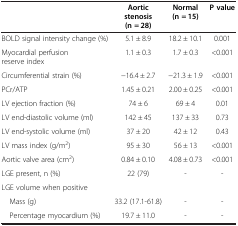
<table><thead><tr><td><b> </b></td><td><b>Aortic stenosis (n = 28)</b></td><td><b>Normal (n = 15)</b></td><td><b>P value</b></td></tr></thead><tbody><tr><td>BOLD signal intensity change (%)</td><td>5.1 ± 8.9</td><td>18.2 ± 10.1</td><td>0.001</td></tr><tr><td>Myocardial perfusion reserve index</td><td>1.1 ± 0.3</td><td>1.7 ± 0.3</td><td>&lt;0.001</td></tr><tr><td>Circumferential strain (%)</td><td>−16.4 ± 2.7</td><td>−21.3 ± 1.9</td><td>&lt;0.001</td></tr><tr><td>PCr/ATP</td><td>1.45 ± 0.21</td><td>2.00 ± 0.25</td><td>&lt;0.001</td></tr><tr><td>LV ejection fraction (%)</td><td>74 ± 6</td><td>69 ± 4</td><td>0.01</td></tr><tr><td>LV end-diastolic volume (ml)</td><td>142 ± 45</td><td>137 ± 33</td><td>0.73</td></tr><tr><td>LV end-systolic volume (ml)</td><td>37 ± 20</td><td>42 ± 12</td><td>0.43</td></tr><tr><td>LV mass index (g/m<sup>2</sup>)</td><td>95 ± 30</td><td>56 ± 13</td><td>&lt;0.001</td></tr><tr><td>Aortic valve area (cm<sup>2</sup>)</td><td>0.84 ± 0.10</td><td>4.08 ± 0.73</td><td>&lt;0.001</td></tr><tr><td>LGE present, n (%)</td><td>22 (79)</td><td>-</td><td>-</td></tr><tr><td>LGE volume when positive</td><td> </td><td> </td><td> </td></tr><tr><td> Mass (g)</td><td>33.2 (17.1-61.8)</td><td>-</td><td>-</td></tr><tr><td> Percentage myocardium (%)</td><td>19.7 ± 11.0</td><td>-</td><td>-</td></tr></tbody></table>